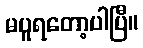
မပူရတော့ပါပြီ။